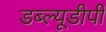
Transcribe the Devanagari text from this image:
डब्ल्यूडीपी